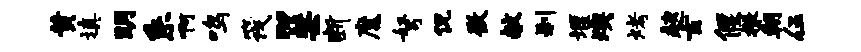
黄填明系啊鸣筏~禁断魔弩侃微献刹堰燠烤趑玄偃撒朝伍